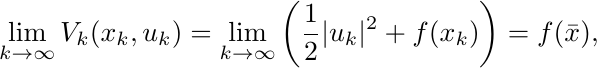
\begin{equation*}
\lim_{k\rightarrow \infty} V_k(x_k,u_k)= \lim_{k\rightarrow \infty} \left(\frac{1}{2}|u_k|^2 + f(x_k) \right) = f(\bar{x}),
\end{equation*}